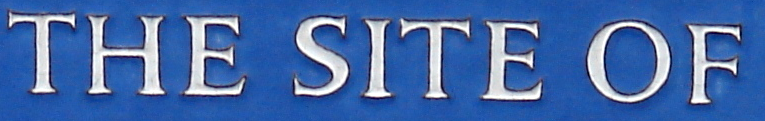
THE SITE OF